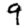
Digit: 9